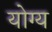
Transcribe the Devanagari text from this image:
योग्य